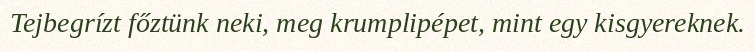
Tejbegrízt főztünk neki, meg krumplipépet, mint egy kisgyereknek.